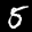
Label: 5